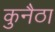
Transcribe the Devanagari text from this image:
कुनैठा